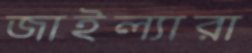
জাইল্যারা